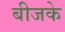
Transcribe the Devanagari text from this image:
बीजके